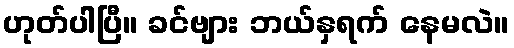
ဟုတ်ပါပြီ။ ခင်ဗျား ဘယ်နှရက် နေမလဲ။